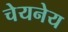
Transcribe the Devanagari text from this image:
चेयनेय